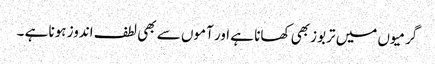
گرمیوں میں تربوز بھی کھانا ہے اور آموں سے بھی لطف اندوز ہونا ہے ۔